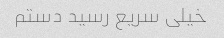
خیلی سریع رسید دستم